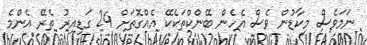
ނަމަވެސް މިކާޑުން ވެސް އެހެން ބޭންކްތަކެކޭ އެއްގޮތަށް 24 ގަޑިއިރު ތެރޭ އެންމެ